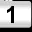
Digit: 1